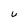
Character: u